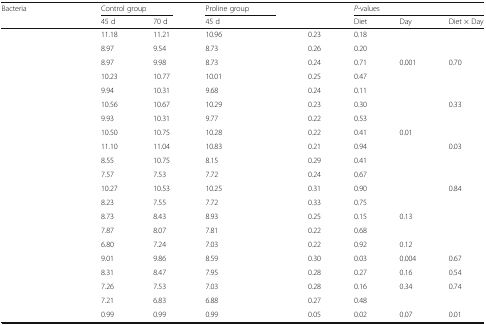
<table><thead><tr><td rowspan="2"><b>Bacteria</b></td><td colspan="2"><b>Control group</b></td><td colspan="2"><b>Proline group</b></td><td rowspan="2">[EMPTY_CELL]</td><td colspan="3"><b><i>P-</i>values</b></td></tr><tr><td><b>45 d</b></td><td><b>70 d</b></td><td><b>45 d</b></td><td>[EMPTY_CELL]</td><td><b>Diet</b></td><td><b>Day</b></td><td><b>Diet × Day</b></td></tr></thead><tbody><tr><td>[EMPTY_CELL]</td><td>11.18</td><td>11.21</td><td>10.96</td><td>[EMPTY_CELL]</td><td>0.23</td><td>0.18</td><td>[EMPTY_CELL]</td><td>[EMPTY_CELL]</td></tr><tr><td>[EMPTY_CELL]</td><td>8.97</td><td>9.54</td><td>8.73</td><td>[EMPTY_CELL]</td><td>0.26</td><td>0.20</td><td>[EMPTY_CELL]</td><td>[EMPTY_CELL]</td></tr><tr><td>[EMPTY_CELL]</td><td>8.97</td><td>9.98</td><td>8.73</td><td>[EMPTY_CELL]</td><td>0.24</td><td>0.71</td><td>0.001</td><td>0.70</td></tr><tr><td>[EMPTY_CELL]</td><td>10.23</td><td>10.77</td><td>10.01</td><td>[EMPTY_CELL]</td><td>0.25</td><td>0.47</td><td>[EMPTY_CELL]</td><td>[EMPTY_CELL]</td></tr><tr><td>[EMPTY_CELL]</td><td>9.94</td><td>10.31</td><td>9.68</td><td>[EMPTY_CELL]</td><td>0.24</td><td>0.11</td><td>[EMPTY_CELL]</td><td>[EMPTY_CELL]</td></tr><tr><td>[EMPTY_CELL]</td><td>10.56</td><td>10.67</td><td>10.29</td><td>[EMPTY_CELL]</td><td>0.23</td><td>0.30</td><td>[EMPTY_CELL]</td><td>0.33</td></tr><tr><td>[EMPTY_CELL]</td><td>9.93</td><td>10.31</td><td>9.77</td><td>[EMPTY_CELL]</td><td>0.22</td><td>0.53</td><td>[EMPTY_CELL]</td><td>[EMPTY_CELL]</td></tr><tr><td>[EMPTY_CELL]</td><td>10.50</td><td>10.75</td><td>10.28</td><td>[EMPTY_CELL]</td><td>0.22</td><td>0.41</td><td>0.01</td><td>[EMPTY_CELL]</td></tr><tr><td>[EMPTY_CELL]</td><td>11.10</td><td>11.04</td><td>10.83</td><td>[EMPTY_CELL]</td><td>0.21</td><td>0.94</td><td>[EMPTY_CELL]</td><td>0.03</td></tr><tr><td>[EMPTY_CELL]</td><td>8.55</td><td>10.75</td><td>8.15</td><td>[EMPTY_CELL]</td><td>0.29</td><td>0.41</td><td>[EMPTY_CELL]</td><td>[EMPTY_CELL]</td></tr><tr><td>[EMPTY_CELL]</td><td>7.57</td><td>7.53</td><td>7.72</td><td>[EMPTY_CELL]</td><td>0.24</td><td>0.67</td><td>[EMPTY_CELL]</td><td>[EMPTY_CELL]</td></tr><tr><td>[EMPTY_CELL]</td><td>10.27</td><td>10.53</td><td>10.25</td><td>[EMPTY_CELL]</td><td>0.31</td><td>0.90</td><td>[EMPTY_CELL]</td><td>0.84</td></tr><tr><td>[EMPTY_CELL]</td><td>8.23</td><td>7.55</td><td>7.72</td><td>[EMPTY_CELL]</td><td>0.33</td><td>0.75</td><td>[EMPTY_CELL]</td><td>[EMPTY_CELL]</td></tr><tr><td>[EMPTY_CELL]</td><td>8.73</td><td>8.43</td><td>8.93</td><td>[EMPTY_CELL]</td><td>0.25</td><td>0.15</td><td>0.13</td><td>[EMPTY_CELL]</td></tr><tr><td>[EMPTY_CELL]</td><td>7.87</td><td>8.07</td><td>7.81</td><td>[EMPTY_CELL]</td><td>0.22</td><td>0.68</td><td>[EMPTY_CELL]</td><td>[EMPTY_CELL]</td></tr><tr><td>[EMPTY_CELL]</td><td>6.80</td><td>7.24</td><td>7.03</td><td>[EMPTY_CELL]</td><td>0.22</td><td>0.92</td><td>0.12</td><td>[EMPTY_CELL]</td></tr><tr><td>[EMPTY_CELL]</td><td>9.01</td><td>9.86</td><td>8.59</td><td>[EMPTY_CELL]</td><td>0.30</td><td>0.03</td><td>0.004</td><td>0.67</td></tr><tr><td>[EMPTY_CELL]</td><td>8.31</td><td>8.47</td><td>7.95</td><td>[EMPTY_CELL]</td><td>0.28</td><td>0.27</td><td>0.16</td><td>0.54</td></tr><tr><td>[EMPTY_CELL]</td><td>7.26</td><td>7.53</td><td>7.03</td><td>[EMPTY_CELL]</td><td>0.28</td><td>0.16</td><td>0.34</td><td>0.74</td></tr><tr><td>[EMPTY_CELL]</td><td>7.21</td><td>6.83</td><td>6.88</td><td>[EMPTY_CELL]</td><td>0.27</td><td>0.48</td><td>[EMPTY_CELL]</td><td>[EMPTY_CELL]</td></tr><tr><td>[EMPTY_CELL]</td><td>0.99</td><td>0.99</td><td>0.99</td><td>[EMPTY_CELL]</td><td>0.05</td><td>0.02</td><td>0.07</td><td>0.01</td></tr></tbody></table>